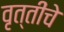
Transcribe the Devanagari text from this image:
वृत्तींचे